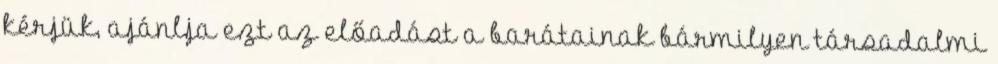
kérjük, ajánlja ezt az előadást a barátainak bármilyen társadalmi